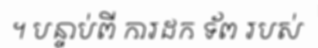
។ បន្ទាប់ពី ការដក ទ័ព របស់